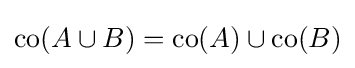
\operatorname {co} (A\cup B)=\operatorname {co} (A)\cup \operatorname {co} (B)